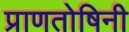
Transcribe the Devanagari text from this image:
प्राणतोषिनी